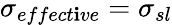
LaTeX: \sigma_{effect\mathbf{i}ve}=\sigma_{sl}